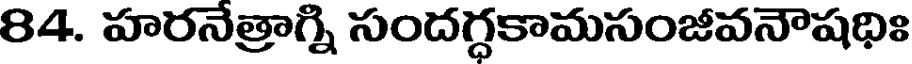
84. హరనేత్రాగ్ని సందగ్ధకామసంజీవనౌషధిః